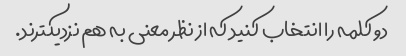
دو کلمه را انتخاب کنید که از نظر معنی به هم نزدیکترند.